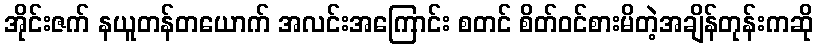
အိုင်းဇက် နယူတန်တယောက် အလင်းအကြောင်း စတင် စိတ်ဝင်စားမိတဲ့အချိန်တုန်းကဆို